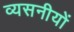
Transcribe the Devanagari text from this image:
व्यसनीयों